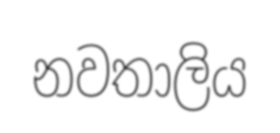
නවතාලිය